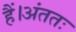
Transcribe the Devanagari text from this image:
हैं।अंततः